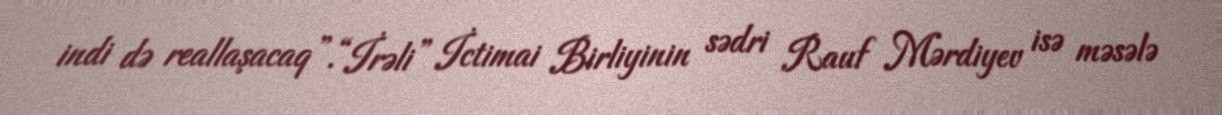
indi də reallaşacaq”.“İrəli” İctimai Birliyinin sədri Rauf Mərdiyev isə məsələ